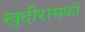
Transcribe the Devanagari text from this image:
खुदीरामको